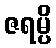
ဇရမ္ပိ